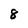
Character: 8